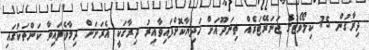
ދިރާގުން 75 ކިލޯވޯޓުގެ ޖަނަރޭޓަރެއް ތިނަދޫއަށް ހަދިޔާކޮށްފައިވާއިރު ދިރާގަކީ އެރަށަށް ދިމާވެފައިވާ ކަންތަކުގައި